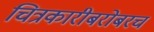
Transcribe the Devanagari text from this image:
चित्रकारीबरोबरच